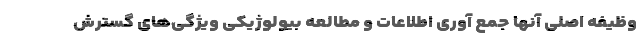
وظیفه اصلی آنها جمع آوری اطلاعات و مطالعه بیولوژیکی ویژگی‌های گسترش